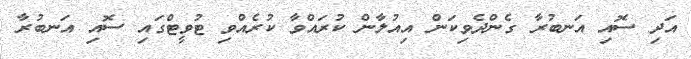
އަދި ސޮއި އަނބުރާ ގެންދެވިކަން އިއުލާން ކުރައްވާ ކުރެއްވި ޓުވީޓްގައި ސޮއި އަނބުރާ